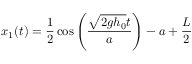
x _ { 1 } ( t ) = \frac { 1 } { 2 } \cos \left( \frac { \sqrt { 2 g h _ { 0 } } t } { a } \right) - a + \frac { L } { 2 }